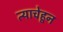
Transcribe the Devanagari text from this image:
त्याचेहून